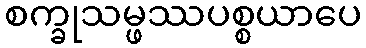
စက္ခုသမ္ဖဿပစ္စယာပေ